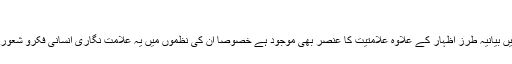
نہیں کہتے‘‘
افتخارؔ مغل کی شاعری میں بیانیہ طرز اظہار کے علاوہ علامتیت کا عنصر بھی موجود ہے خصوصاً اُن کی نظموں میں یہ علامت نگاری انسانی فکرو شعور کے کئی درکھولتی ہے ۔